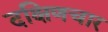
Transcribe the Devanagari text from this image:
दक्षिणचार